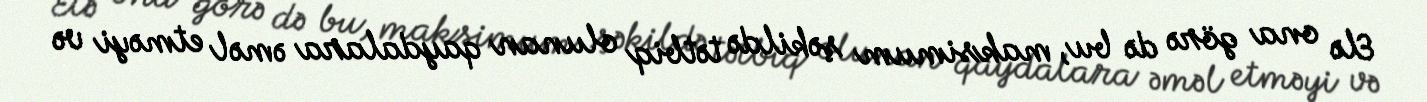
Elə ona görə də bu, maksimum şəkildə tətbiq olunan qaydalara əməl etməyi və